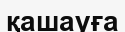
қашауға